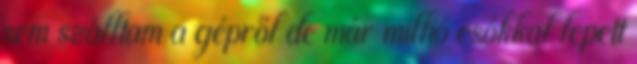
sem szálltam a gépről de már millió csókkal lepett